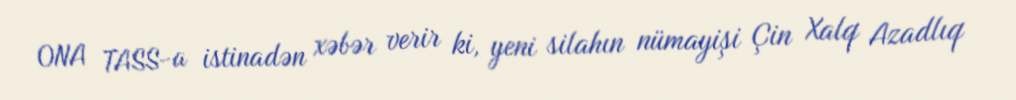
ONA TASS-a istinadən xəbər verir ki, yeni silahın nümayişi Çin Xalq Azadlıq